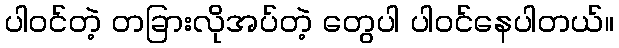
ပါ၀င်တဲ့ တခြားလိုအပ်တဲ့ တွေပါ ပါ၀င်နေပါတယ်။